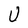
Character: U